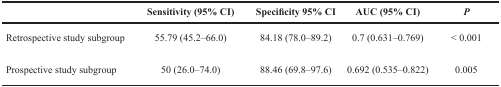
<table><thead><tr><td></td><td><b>Sensitivity (95% CI)</b></td><td><b>Specificity 95% CI</b></td><td><b>AUC (95% CI)</b></td><td><b><i>P</i></b></td></tr></thead><tbody><tr><td>Retrospective study subgroup</td><td>55.79 (45.2–66.0)</td><td>84.18 (78.0–89.2)</td><td>0.7 (0.631–0.769)</td><td>&lt; 0.001</td></tr><tr><td>Prospective study subgroup</td><td>50 (26.0–74.0)</td><td>88.46 (69.8–97.6)</td><td>0.692 (0.535–0.822)</td><td>0.005</td></tr></tbody></table>